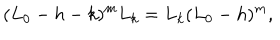
( L _ { 0 } - h - k ) ^ { m } L _ { k } = L _ { k } ( L _ { 0 } - h ) ^ { m } ,